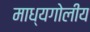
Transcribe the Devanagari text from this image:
माध्यगोलीय